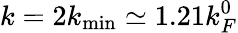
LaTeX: k=2k_{\mathrm{min}}\simeq 1.21k_{F}^{0}